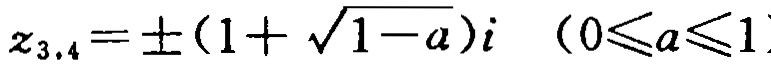
\(z_{3,4}=\pm(1 + \sqrt{1 - a})i\ \ (0\leqslant a\leqslant1)\)